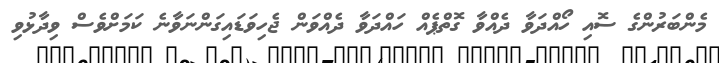
މެންބަރުންގެ ސޮއި ހޯއްދަވާ ދެއްވާ ގޮތްޕެއް ހައްދަވާ ދެއްވަން ޖެހިވަޑައިގަންނަވާނެ ކަަމަށްވެސް ވިދާޅުވި